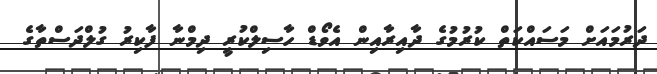
ދަރުމައަށް މަސައްކަތް ކުރުމުގެ ދާއިރާއިން އެވޯޑް ހާސިލްކުރީ ދިމްނާ ފާކިރު ގުލްދަސްތާގެ